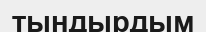
тындырдым